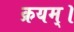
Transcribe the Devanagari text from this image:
क्रयम्।